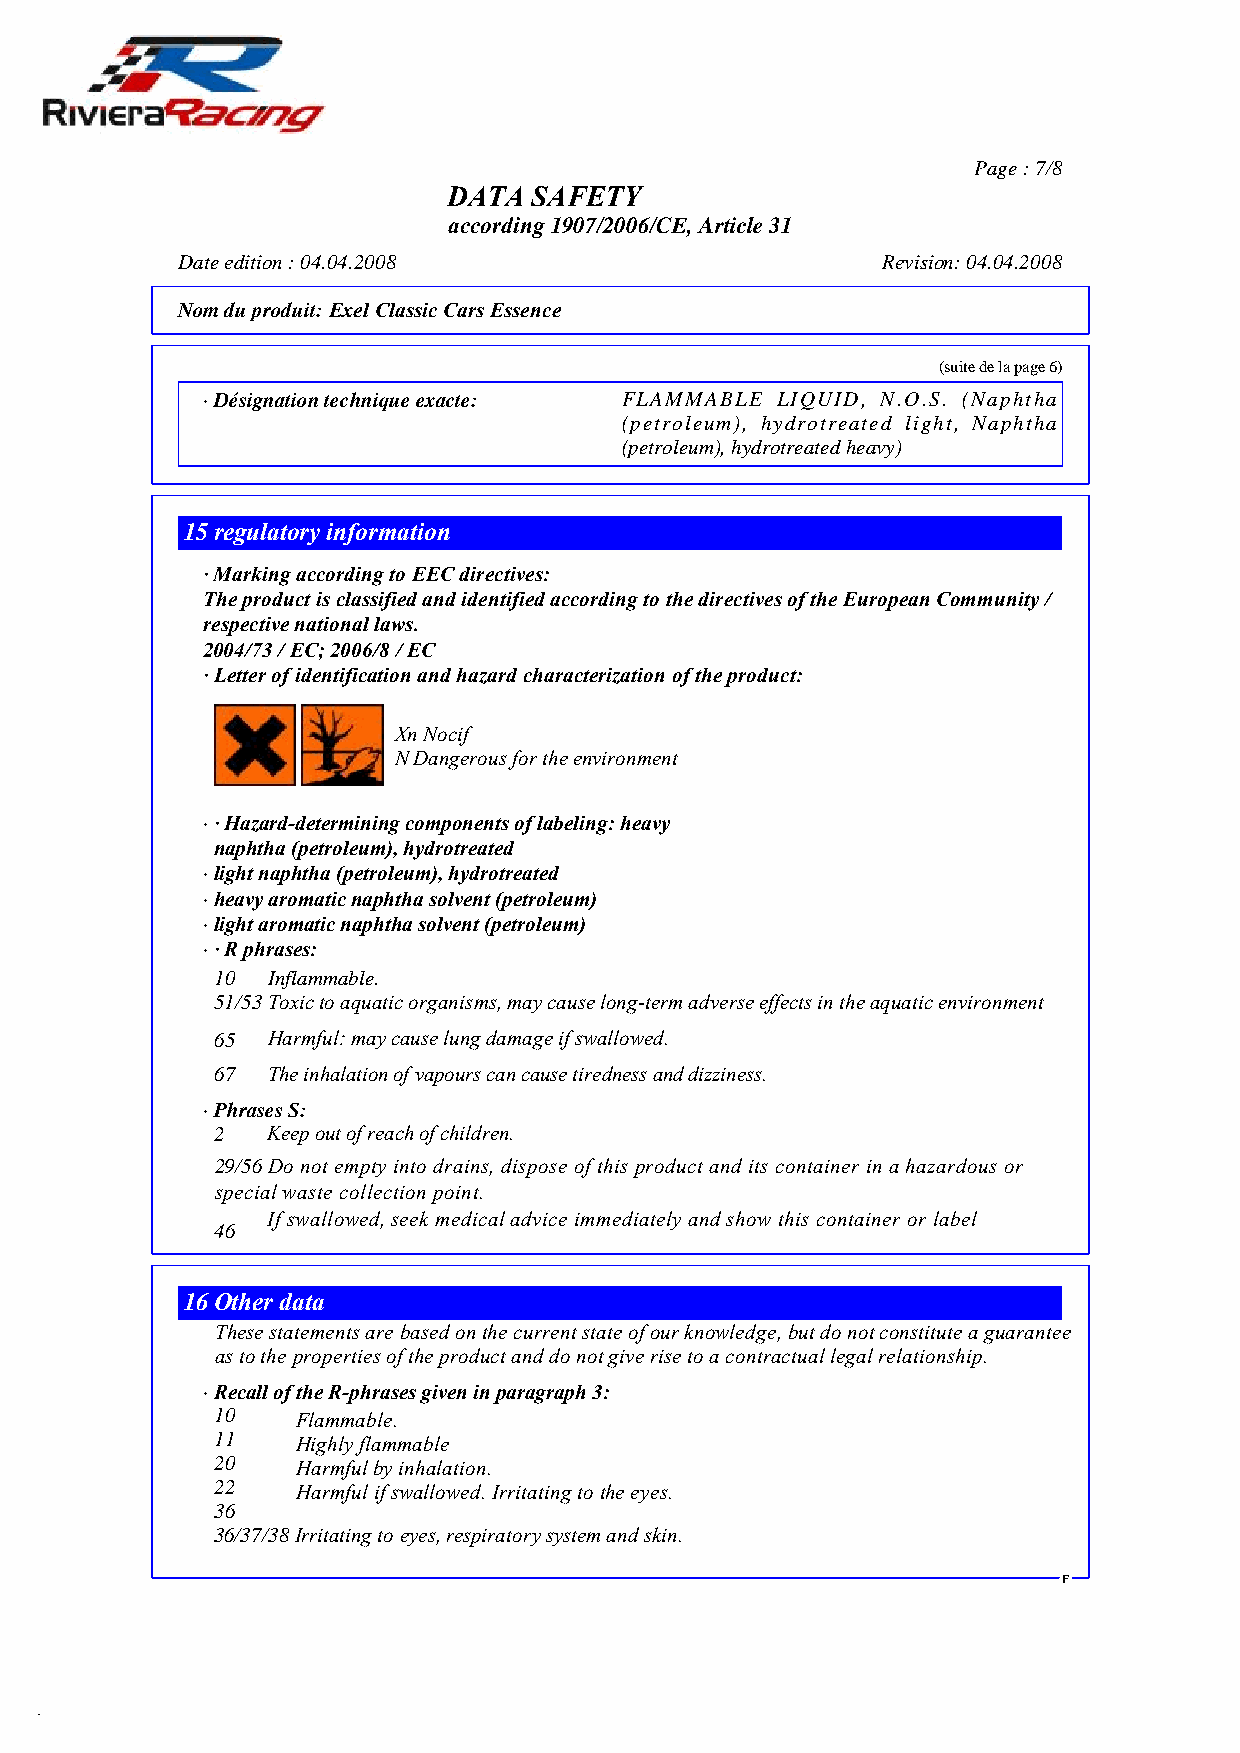
Page : 7/8
 DATA SAFETY
 according 1907/2006/CE, Article 31
 Date edition : 04.04.2008                     Revision: 04.04.2008
 Nom du produit:Exel Classic Cars Essence
 (suite de la page 6)
 ·Désignation technique exacte: FLAMMABLE LIQUID, N.O.S. (Naphtha
 (petroleum), hydrotreated light, Naphtha
 (petroleum), hydrotreated heavy)
 15regulatory information
 · Marking according to EEC directives:
 The product is classified and identified according to the directives of the European Community /
 respective national laws.
 2004/73 / EC; 2006/8 / EC
 · Letter of identification and hazard characterization of the product:
 Xn Nocif
 N Dangerous for the environment
 ·· Hazard-determining components of labeling: heavy
 naphtha (petroleum), hydrotreated
 ·light naphtha (petroleum), hydrotreated
 ·heavy aromatic naphtha solvent (petroleum)
 ·light aromatic naphtha solvent (petroleum)
 ·· R phrases:
 10Inflammable.
 51/53Toxic to aquatic organisms, may cause long-term adverse effects in the aquatic environment
 65  Harmful: may cause lung damage if swallowed.
 67  The inhalation of vapours can cause tiredness and dizziness.
 ·Phrases S:
 2   Keep out of reach of children.
 29/56Do not empty into drains, dispose of this product and its container in a hazardous or
 special waste collection point.
 If swallowed, seek medical advice immediately and show this container or label
 46
 16Other data
 These statements are based on the current state of our knowledge, but do not constitute a guarantee
 as to the properties of the product and do not give rise to a contractual legal relationship.
 ·Recall of the R-phrases given in paragraph 3:
 10
 Flammable.
 11
 Highly flammable
 20
 Harmful by inhalation.
 22
 Harmful if swallowed. Irritating to the eyes.
 36
 36/37/38Irritating to eyes, respiratory system and skin.
 F
 DR